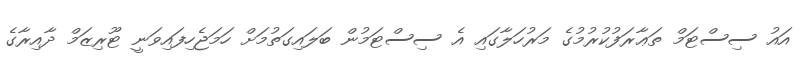
އައު ސިސްޓަމް ތަޢާރަފުކުރުމުގެ މަރުހަލާގައި އެ ސިސްޓަމުން ބަލައިގަތުމަށް ހަމަޖެހިފައިވަނީ ޓޫރިޒަމް ދާއިރާގެ